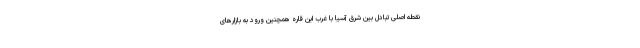
نقطه اصلی تبادل بین شرق آسیا با غرب این قاره همچنین ورود به بازارهای